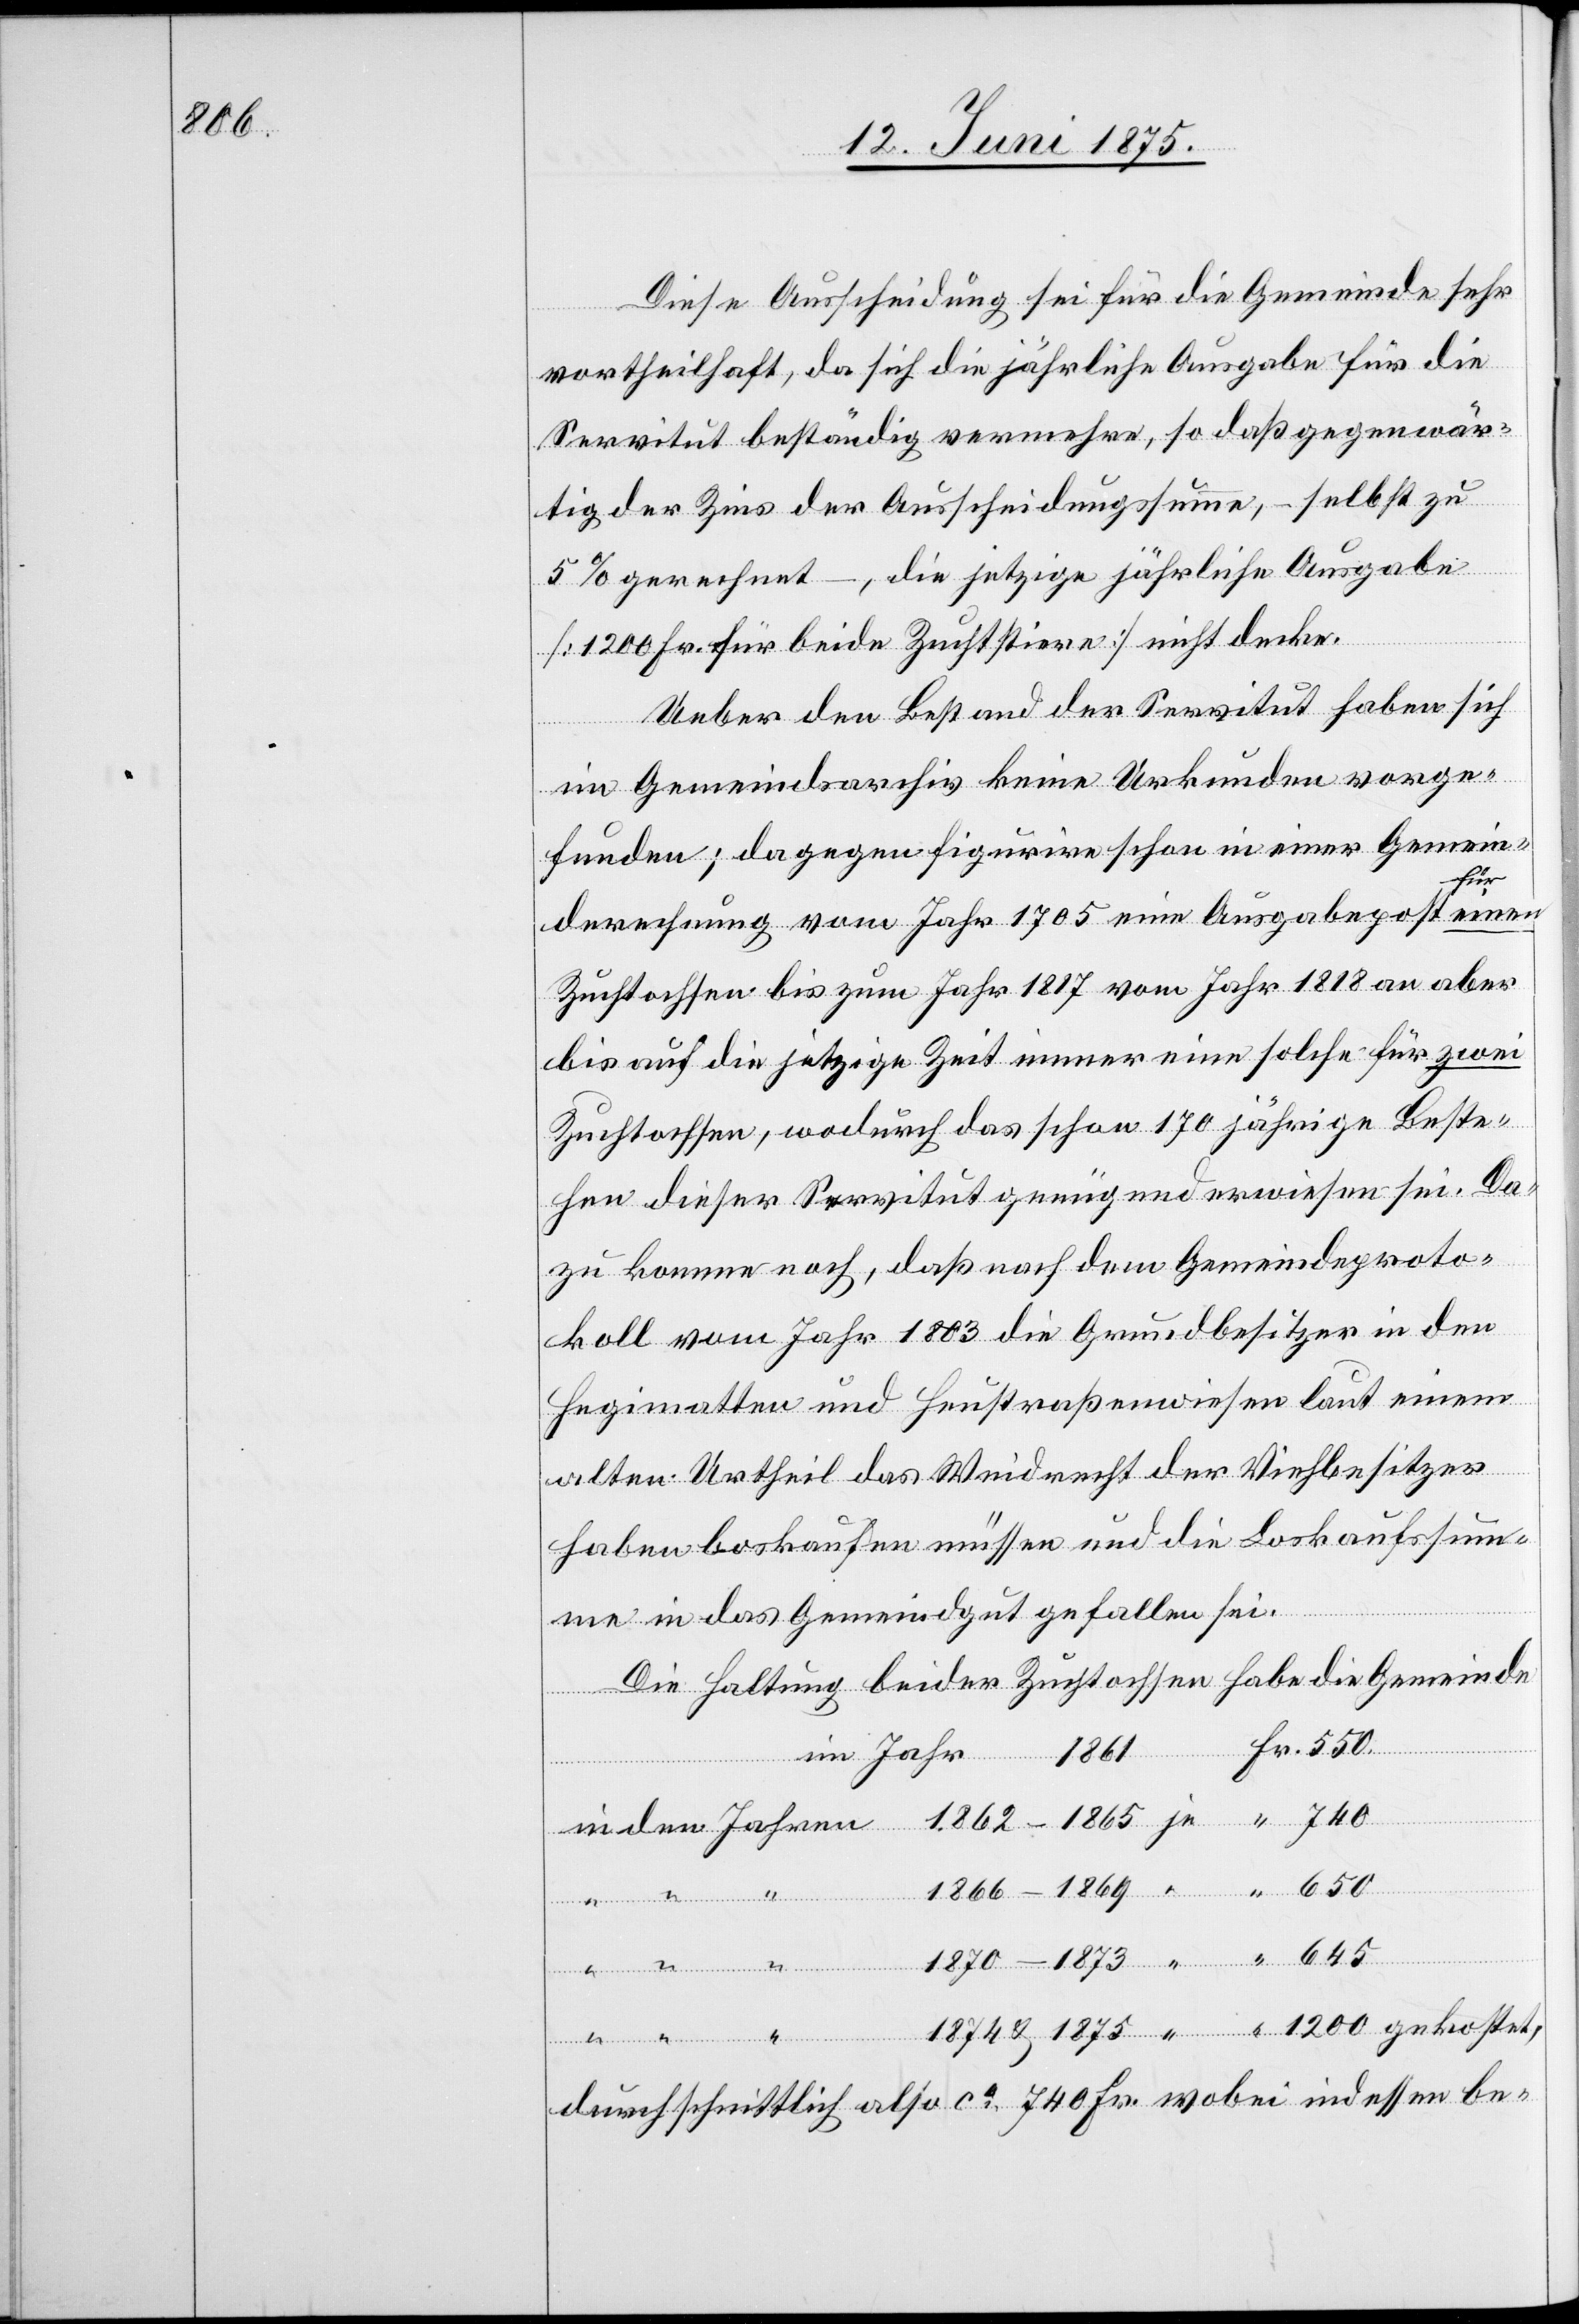
645

Diese Ausscheidung sei für die Gemeinde sehr
vortheilhaft, da sich die jährliche Ausgabe für die
Servitut beständig vermehre, so daß gegenwär¬
tig der Zins der Ausscheidungssumme, – selbst zu
den
5% gerechnet –, die jetzige jährliche Ausgabe
[1200 Fr. für beide Zuchtstiere] nicht decke.
Ueber den Bestand der Servitut haben sich
im Gemeindsarchiv keine Urkunden vorge¬
funden, dagegen figurire schon in einer Gemein¬
derechnung vom Jahr 1705 eine Ausgabepost für einen
Zuchtochsen bis zum Jahr 1817 von Jahr 1818 an aber
bis auf die jetzige Zeit immer eine solche für zwei
Zuchtochsen, wodurch das schon 170 jährige Beste¬
hen dieser Servitut genügend erwiesen sei. Da¬
zu komme noch, daß nach dem Gemeindsproto¬
koll vom Jahr 1803 die Grundbesitzer in den
Hegimatten und Heustraßenwiesen laut einem
alten Urtheil das Weidrecht der Viehbesitzer
haben loskaufen müssen und die Loskaufssum¬
me in das Gemeindgut gefallen sei.
Die Haltung beider Zuchtochsen habe die Gemeinde
in
durchschnittlich also ca 740 Fr. wobei indessen be-